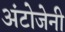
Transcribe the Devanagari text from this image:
अंटोजेनी